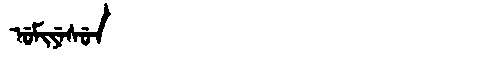
Manchu: ᡠᠮᡳᠶᡝᠰᡠᠨ
Romanization: UMIYESUN